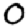
Digit: 0